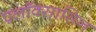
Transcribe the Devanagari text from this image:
फ़्लॉक्सासिन